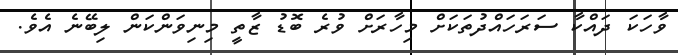
ވާހަކަ ދައްކާ ސަރަހައްދުތަކަށް މިހާރަށް ވުރެ ބޮޑު ޒާތީ މިނިވަންކަން ލިބޭނެ އެވެ.